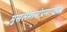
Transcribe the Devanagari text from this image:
मुसलमानांप्रमाणेच